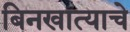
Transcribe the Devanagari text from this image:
बिनखात्याचे